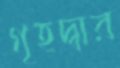
গৃহদ্বার